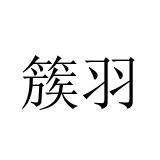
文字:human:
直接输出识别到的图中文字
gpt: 簇羽